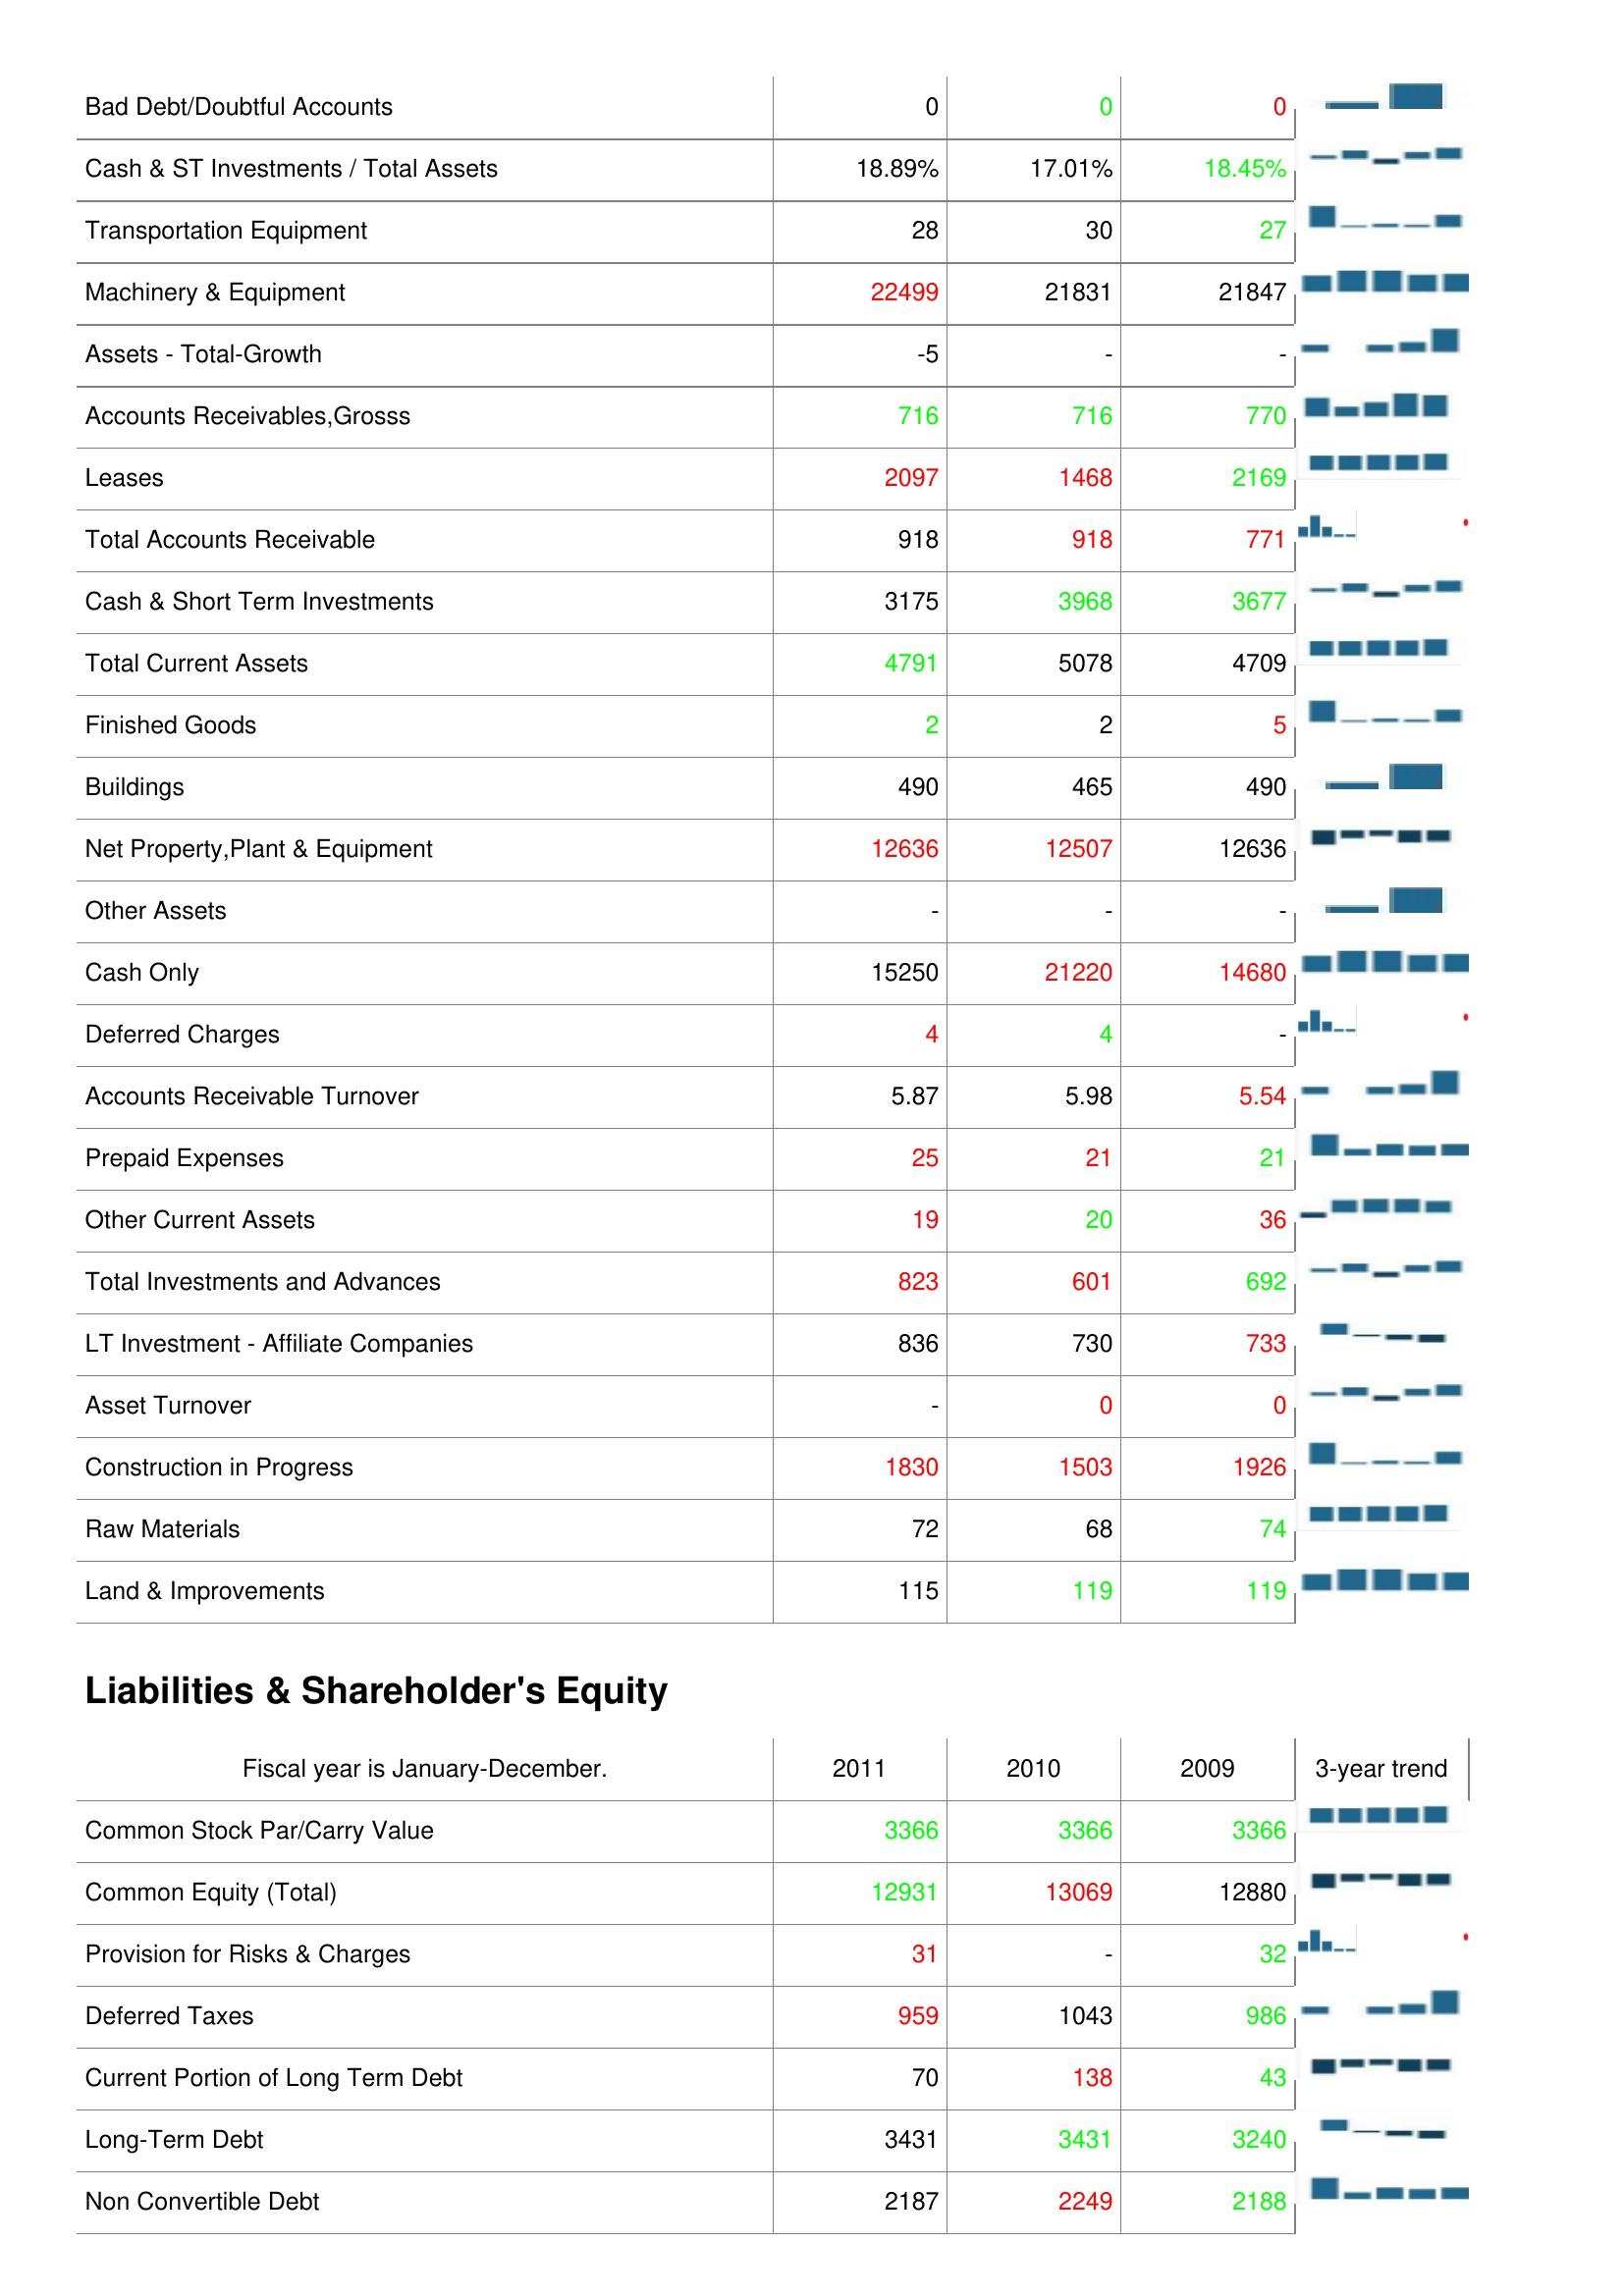
2011: Assets: Bad Debt/Doubtful Accounts: 0
Cash & ST Investments / Total Assets: 18.89%
Transportation Equipment: 28
Machinery & Equipment: 22499
Assets - Total-Growth: -5
Accounts Receivables,Grosss: 716
Leases: 2097
Total Accounts Receivable: 918
Cash & Short Term Investments: 3175
Total Current Assets: 4791
Finished Goods: 2
Buildings: 490
Net Property,Plant & Equipment: 12636
Other Assets: -
Cash Only: 15250
Deferred Charges: 4
Accounts Receivable Turnover: 5.87
Prepaid Expenses: 25
Other Current Assets: 19
Total Investments and Advances: 823
LT Investment - Affiliate Companies: 836
Asset Turnover: -
Construction in Progress: 1830
Raw Materials: 72
Land & Improvements: 115
Liabilities & Shareholder's Equity: Common Stock Par/Carry Value: 3366
Common Equity (Total): 12931
Provision for Risks & Charges: 31
Deferred Taxes: 959
Current Portion of Long Term Debt: 70
Long-Term Debt: 3431
Non Convertible Debt: 2187
2010: Assets: Bad Debt/Doubtful Accounts: 0
Cash & ST Investments / Total Assets: 17.01%
Transportation Equipment: 30
Machinery & Equipment: 21831
Assets - Total-Growth: -
Accounts Receivables,Grosss: 716
Leases: 1468
Total Accounts Receivable: 918
Cash & Short Term Investments: 3968
Total Current Assets: 5078
Finished Goods: 2
Buildings: 465
Net Property,Plant & Equipment: 12507
Other Assets: -
Cash Only: 21220
Deferred Charges: 4
Accounts Receivable Turnover: 5.98
Prepaid Expenses: 21
Other Current Assets: 20
Total Investments and Advances: 601
LT Investment - Affiliate Companies: 730
Asset Turnover: 0
Construction in Progress: 1503
Raw Materials: 68
Land & Improvements: 119
Liabilities & Shareholder's Equity: Common Stock Par/Carry Value: 3366
Common Equity (Total): 13069
Provision for Risks & Charges: -
Deferred Taxes: 1043
Current Portion of Long Term Debt: 138
Long-Term Debt: 3431
Non Convertible Debt: 2249
2009: Assets: Bad Debt/Doubtful Accounts: 0
Cash & ST Investments / Total Assets: 18.45%
Transportation Equipment: 27
Machinery & Equipment: 21847
Assets - Total-Growth: -
Accounts Receivables,Grosss: 770
Leases: 2169
Total Accounts Receivable: 771
Cash & Short Term Investments: 3677
Total Current Assets: 4709
Finished Goods: 5
Buildings: 490
Net Property,Plant & Equipment: 12636
Other Assets: -
Cash Only: 14680
Deferred Charges: -
Accounts Receivable Turnover: 5.54
Prepaid Expenses: 21
Other Current Assets: 36
Total Investments and Advances: 692
LT Investment - Affiliate Companies: 733
Asset Turnover: 0
Construction in Progress: 1926
Raw Materials: 74
Land & Improvements: 119
Liabilities & Shareholder's Equity: Common Stock Par/Carry Value: 3366
Common Equity (Total): 12880
Provision for Risks & Charges: 32
Deferred Taxes: 986
Current Portion of Long Term Debt: 43
Long-Term Debt: 3240
Non Convertible Debt: 2188